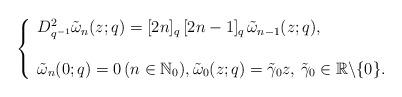
LaTeX: \begin{align*}\left\{ \begin{array}{ll}D_{q^{-1}}^{2}\tilde{\omega}_n(z;q)= [2n]_q\,[2n-1]_q\, \tilde{\omega}_{n-1}(z;q), & \hbox{} \\\\ \tilde{\omega}_n(0;q)=0 \, (n\in \mathbb{N}_0), \tilde{\omega}_0(z;q)=\tilde{\gamma}_0 z, \, \tilde{\gamma}_0\in \mathbb{R}\backslash \{0\}. & \hbox{} \end{array}\right.\end{align*}